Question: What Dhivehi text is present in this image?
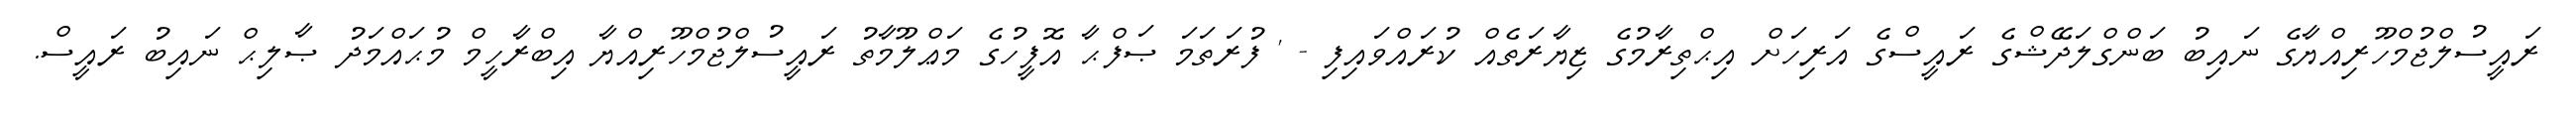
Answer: ރައީސުލްޖުމްހޫރިއްޔާގެ ނައިބު ބަންގްލަދޭޝްގެ ރައީސްގެ އަރިހަށް އިޙްތިރާމުގެ ޒިޔާރަތެއް ކުރައްވައިފި - ' ފުރަތަމަ ޞަފްޙާ އޮފީހުގެ މަޢްލޫމާތު ރައީސުލްޖުމްހޫރިއްޔާ އިބްރާހީމް މުޙައްމަދު ޞާލިޙް ނައިބު ރައީސް.